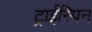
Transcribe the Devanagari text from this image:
ट्राईस्पिन